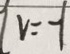
v = - 1